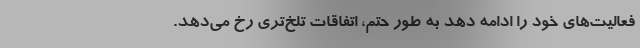
فعالیت‌های خود را ادامه دهد به طور حتم، اتفاقات تلخ‌تری رخ می‌دهد.